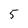
Character: 5